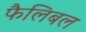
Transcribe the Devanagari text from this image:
फैलिबल